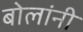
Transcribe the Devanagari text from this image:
बोलांनी